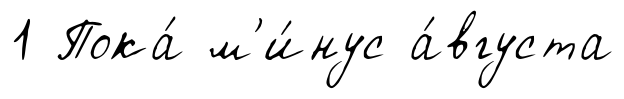
1 Пока́ м'и́нус а́вгуста